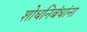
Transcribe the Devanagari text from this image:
शोधनिबंधांना